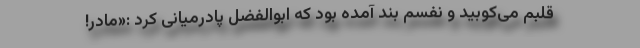
قلبم می‌کوبید و نفسم بند آمده بود که ابوالفضل پادرمیانی کرد :«مادر!